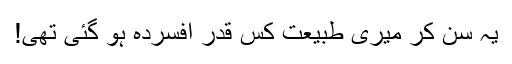
یہ سُن کر میری طبیعت کس قدر افسردہ ہو گئی تھی!